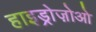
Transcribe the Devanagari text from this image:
हाइड्रोज़ोओ